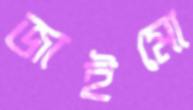
জাইমো